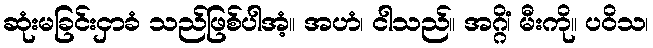
ဆုံးမခြင်းငှာခံ သည်ဖြစ်ပါအံ့။ အဟံ၊ ငါသည်။ အဂ္ဂိံ၊ မီးကို။ ပဝိသ၊